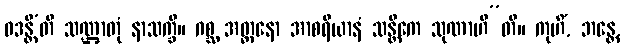
ဝဒန္တီ’တိ သဏ္ဌာတုံ နာသက္ခိ။ ဂစ္ဆ အတ္တနော အာစရိယာနံ သန္တိကေ သုဏာဟီ”တိ။ ကုဟိံ, ဘန္တေ,